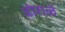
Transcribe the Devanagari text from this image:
ढोराळे